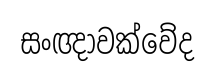
සංඥාවක්වේද